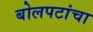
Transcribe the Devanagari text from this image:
बोलपटांचा